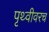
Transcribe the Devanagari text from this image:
पृथ्वीवरच